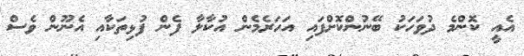
އެއީ ކޮންމެ ދުވަހަކު ބޭނުންކޮށްފައި އަހަރެމެން އުކާލާ ފެން ފުޅިތަކާއި އެނޫން ވެސް